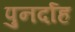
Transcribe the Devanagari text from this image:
पुनर्दाह